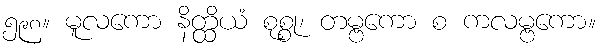
၅၉၈။ မူလကော နိတ္ထိယံ စုစ္စု၊ တမ္ဗကော စ ကလမ္ဗကော။